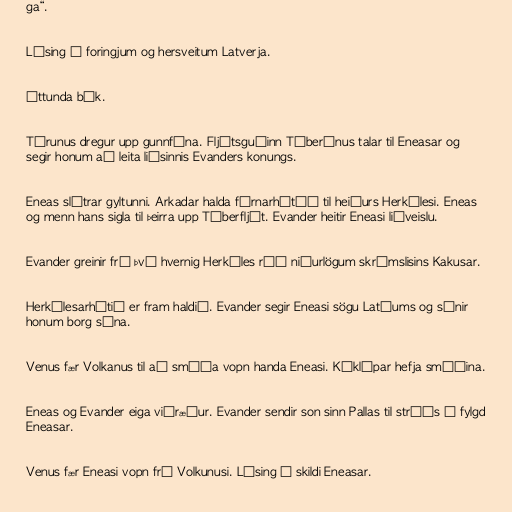
ga“.

Lýsing á foringjum og hersveitum Latverja.

Áttunda bók.

Túrunus dregur upp gunnfána. Fljótsguðinn Tíberínus talar til Eneasar og
segir honum að leita liðsinnis Evanders konungs.

Eneas slátrar gyltunni. Arkadar halda fórnarhátíð til heiðurs Herkúlesi. Eneas
og menn hans sigla til þeirra upp Tíberfljót. Evander heitir Eneasi liðveislu.

Evander greinir frá því hvernig Herkúles réð niðurlögum skrímslisins Kakusar.

Herkúlesarhátið er fram haldið. Evander segir Eneasi sögu Latíums og sýnir
honum borg sína.

Venus fær Volkanus til að smíða vopn handa Eneasi. Kýklópar hefja smíðina.

Eneas og Evander eiga viðræður. Evander sendir son sinn Pallas til stríðs í fylgd
Eneasar.

Venus fær Eneasi vopn frá Volkunusi. Lýsing á skildi Eneasar.